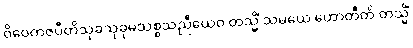
ဝိဝေကဇပီတိသုခသုခုမသစ္စသညီယေဝ တသ္မိံ သမယေ ဟောတီတိ တသ္မိံ